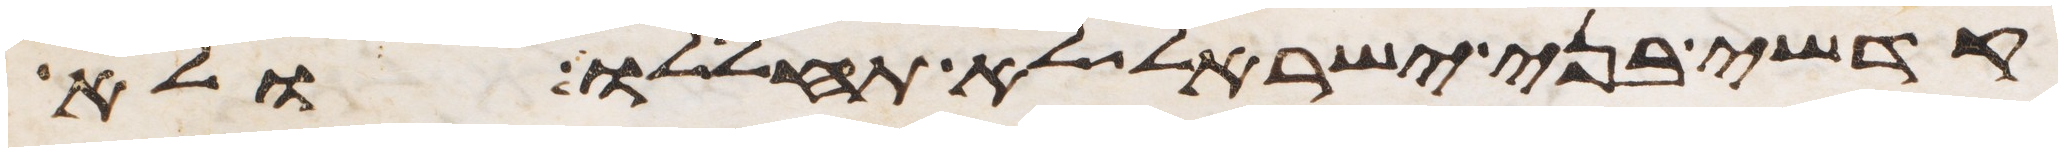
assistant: קדשי בני ישראל לא תחללו ולא